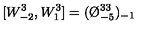
[ W _ { - 2 } ^ { 3 } , W _ { 1 } ^ { 3 } ] = ( \O _ { - 5 } ^ { 3 3 } ) _ { - 1 }